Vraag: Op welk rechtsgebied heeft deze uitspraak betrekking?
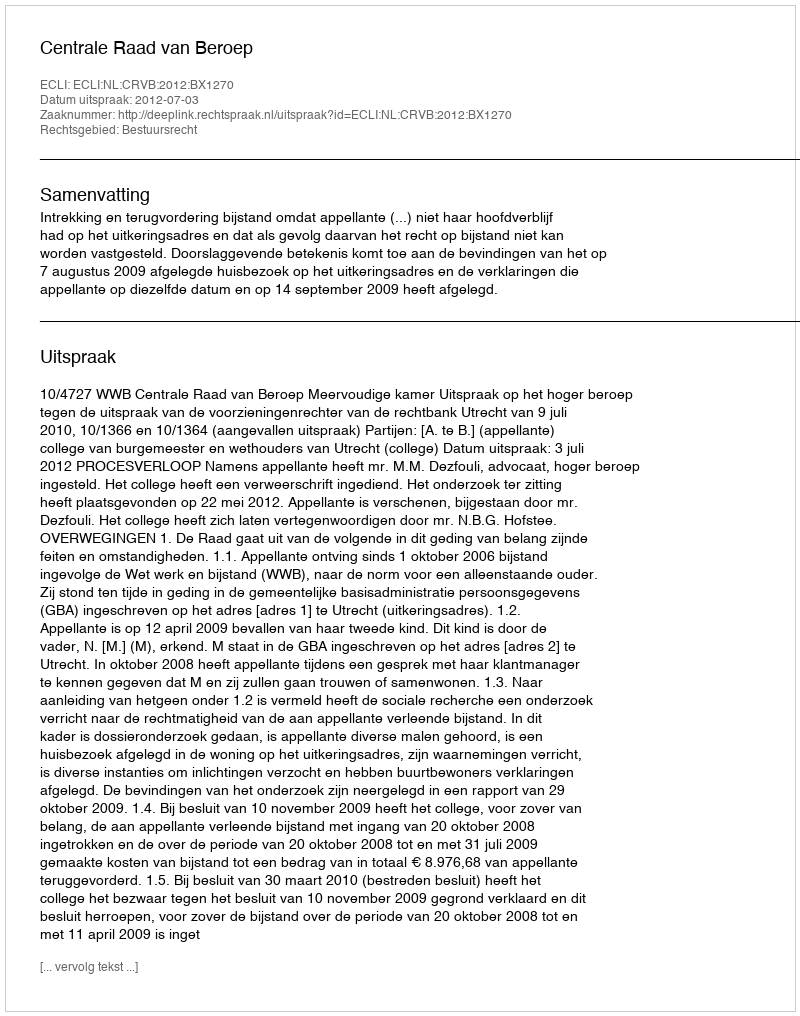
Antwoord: Bestuursrecht